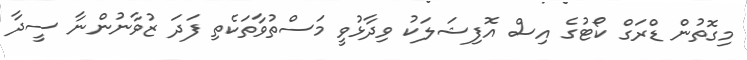
މިގޮތުން ޑްރަގް ކޯޓުގެ އިސް އޮފިޝަލަކު ވިދާޅުވީ މަަސްތުވާތަކެތި ފަދަ ޒުވާނުންނާ ސީދާ